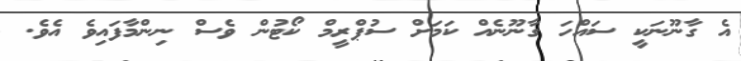
އެ ގާނޫނަކީ ސައްހަ ގާނޫނެއް ކަމަށް ސުޕްރީމް ކޯޓުން ވެސް ނިންމާފައިވެ އެވެ.